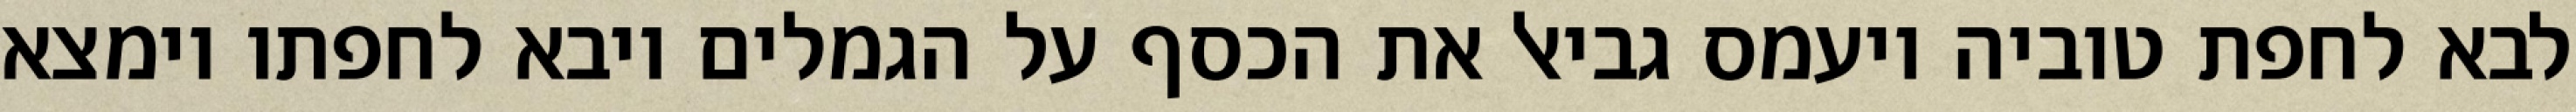
לבא לחפת טוביה ויעמס גביאל את הכסף על הגמלים ויבא לחפתו וימצא